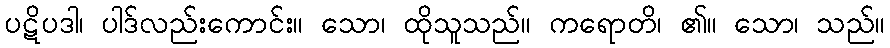
ပဋိပဒါ၊ ပါဒ်လည်းကောင်း။ သော၊ ထိုသူသည်။ ကရောတိ၊ ၏။ သော၊ သည်။